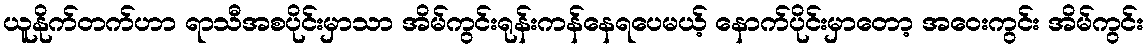
ယူနိုက်တက်ဟာ ရာသီအစပိုင်းမှာသာ အိမ်ကွင်းရုန်းကန်နေရပေမယ့် နောက်ပိုင်းမှာတော့ အဝေးကွင်း အိမ်ကွင်း